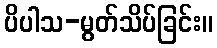
ပိပါသ-မွတ်သိပ်ခြင်း။